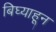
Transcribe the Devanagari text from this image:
बिघ्याहून